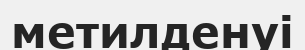
метилденуі